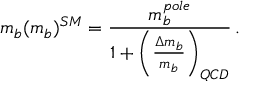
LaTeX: m _ { b } ( m _ { b } ) ^ { S M } = \frac { m _ { b } ^ { p o l e } } { 1 + \left( \frac { \Delta m _ { b } } { m _ { b } } \right) _ { Q C D } } \, .